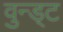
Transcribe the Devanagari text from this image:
वुन्ड्ट